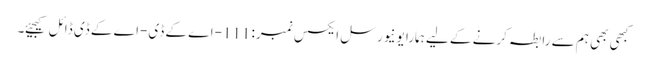
کبھی بھی ہم سے رابطہ کرنے کے لیے ہمارا یونیورسل ایکسس نمبر: 111-اے کے ڈی-اے کے ڈی ڈائل کیجیئے۔